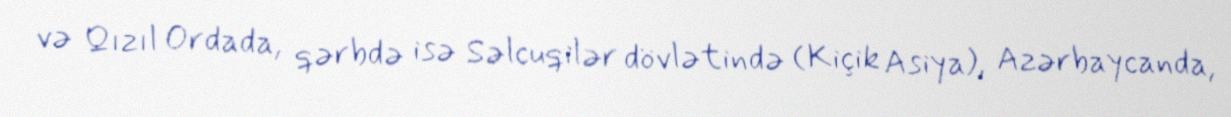
və Qızıl Ordada, qərbdə isə Səlcuqilər dövlətində (Kiçik Asiya), Azərbaycanda,